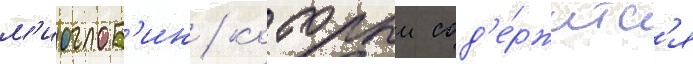
м'иоглоб'ин / которыи сод'е́ржитс'я